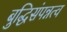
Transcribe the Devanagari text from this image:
बुद्धिसंपन्नत्व